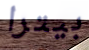
بيترا